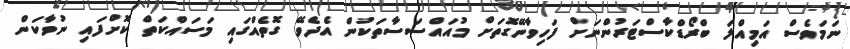
ނަމަވެސް އަމިއްލަ ބްރޯޑްކާސްޓަރުންނަށް ފަހިވާނޭގޮތަށް މުއައްސަސާތަކުން އެދެވޭ ގޮތެއްގައި މަސައްކަތް ކޮށްފައި ނުވާކަން